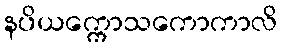
နပိယက္ကောသကောကာလိ